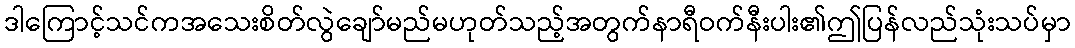
ဒါကြောင့်သင်ကအသေးစိတ်လွဲချော်မည်မဟုတ်သည့်အတွက်နာရီဝက်နီးပါး၏ဤပြန်လည်သုံးသပ်မှာ